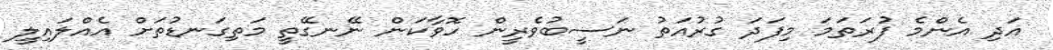
އަދި އެންމެ ފުރަތަމަ މިފަދަ ގުރުއަތު ނަސީބުވެރީން ހޮވާކަން ނޭނގޭތީ މަތިގަނޑުތަށް އެއްލައިލީ